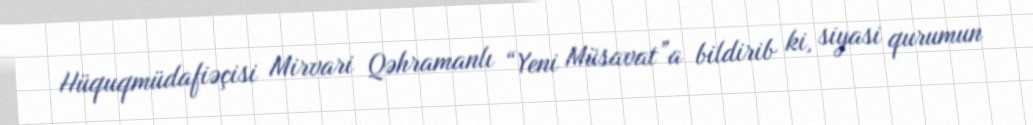
Hüquqmüdafiəçisi Mirvari Qəhramanlı “Yeni Müsavat”a bildirib ki, siyasi qurumun